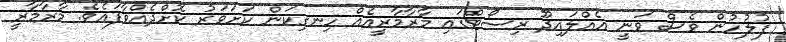
ފުލުހުން ވެސް ވަނީ އެއްލައިދޫ ރިސޯޓްގައި މާރާމާރީއެއް ހިނގިކަން ކަށަވަރު ކޮށްދެއްވާފައެވެ. މާރާމާރީ